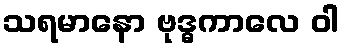
သရမာနော ဗုဒ္ဓကာလေ ဝါ